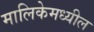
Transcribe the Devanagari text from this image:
मालिकेमध्यील